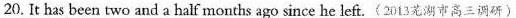
20.It has been two and a half months ago since he left.〈2013芜湖市高三调研)